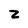
Character: 2